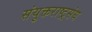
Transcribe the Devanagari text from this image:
संयुक्तराष्ट्रसंघ